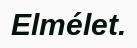
Elmélet.